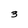
Character: 3